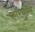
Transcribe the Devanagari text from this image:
फॉरचुन्स